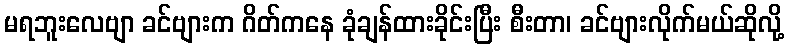
မရဘူးလေဗျာ ခင်ဗျားက ဂိတ်ကနေ ခုံချန်ထားခိုင်းပြီး စီးတာ၊ ခင်ဗျားလိုက်မယ်ဆိုလို့